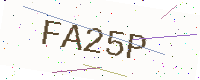
Text: FA25P